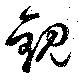
觀